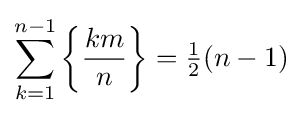
\sum _{k=1}^{n-1}\left\{{\frac {km}{n}}\right\}={\tfrac {1}{2}}(n-1)